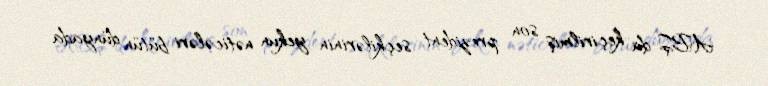
ABŞ-da keçirilmiş son prezident seçkilərinin yekun nəticələri bütün dünyada